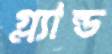
গ্ল্যান্ড